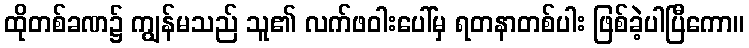
ထိုတစ်ခဏ၌ ကျွန်မသည် သူ၏ လက်ဖဝါးပေါ်မှ ရတနာတစ်ပါး ဖြစ်ခဲ့ပါပြီကော။